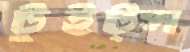
টুইট্স